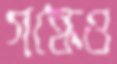
গন্ধেও